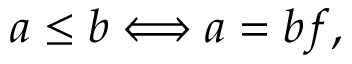
a \leq b \Longleftrightarrow a = b f ,